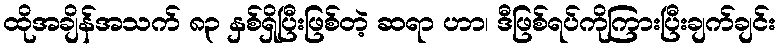
ထိုအချိန်အသက် ၈၃ နှစ်ရှိပြီးဖြစ်တဲ့ ဆရာ ဟာ၊ ဒီဖြစ်ရပ်ကိုကြားပြီးချက်ချင်း